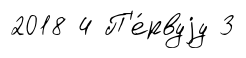
2018 4 П'е́рвуjу 3